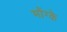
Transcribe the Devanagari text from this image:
मोंग्के